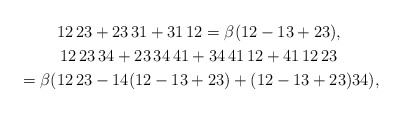
\begin{gather*}12\,23 +23\,31 + 31\,12 = \beta (12-13+23),\\ 12\,23\,34 + 23\,34\,41+ 34\,41\,12 + 41\,12\,23\\ {} = \beta ( 12\,23 - 14(12 -13+23) + (12-13 +23) 34 ),\end{gather*}